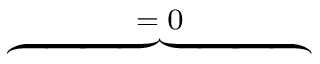
\overbrace { \phantom { \left. \sum _ { k = 1 } ^ { 3 } \mu _ { 0 } \tilde { H _ { k } } \mathrm { d } _ { \rho } H _ { k } \right| _ { 0 } ^ { T } } } ^ { = \; 0 }